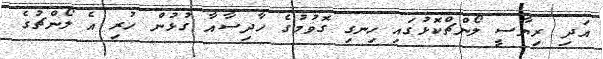
އަދި ރިޔާސީ ލޯންޗްކޮޅުގައި ހިނގި ގޮވުމުގެ ހާދިސާއާ ގުޅުން ހުރި އެ ލޯންޗުގެ